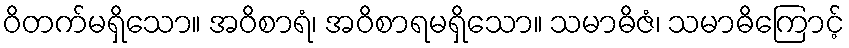
ဝိတက်မရှိသော။ အဝိစာရံ၊ အဝိစာရမရှိသော။ သမာဓိဇံ၊ သမာဓိကြောင့်